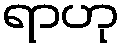
ရာဟု